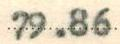
79.86